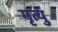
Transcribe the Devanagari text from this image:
मृत्युं